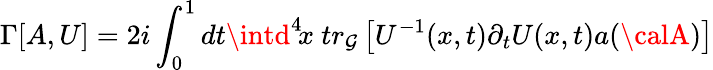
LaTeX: \Gamma[A,U]=2i\int_{0}^{1}dt\intd^{4}\! x\ tr_{\mathcal{G}}\left[U^{-1}(x,t)\partial_{t}U(x,t)a({\calA})\right]